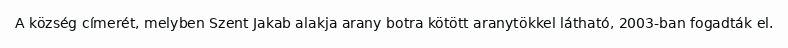
A község címerét, melyben Szent Jakab alakja arany botra kötött aranytökkel látható, 2003-ban fogadták el.